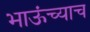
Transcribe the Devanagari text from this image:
भाऊंच्याच